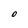
Character: O